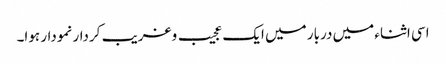
اسی اثناء میں دربار میں ایک عجیب وغریب کردار نمودار ہوا۔